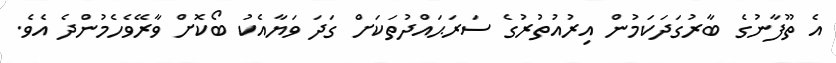
އެ ތޫފާނުގެ ބާރުގަދަކަމުން އިރުއުތުރުގެ ސަރަޙައްދުތަކަށް ގަދަ ވަޔާއެކު ބޯކޮށް ވާރޭވެހެމުންދެ އެވެ.